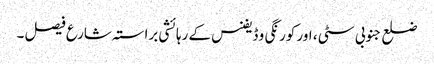
ضلع جنوبی سٹی ، اور کورنگی و ڈیفنس کے رہائشی براستہ شارع فیصل ۔